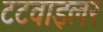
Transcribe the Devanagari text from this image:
टटवाइलर